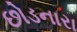
છોડનારા